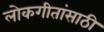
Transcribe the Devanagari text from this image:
लोकगीतांसाठी